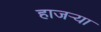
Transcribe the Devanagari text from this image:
हाजर्‍या